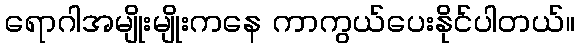
ရောဂါအမျိုးမျိုးကနေ ကာကွယ်ပေးနိုင်ပါတယ်။